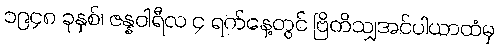
၁၉၄၈ ခုနှစ်၊ ဇန္နဝါရီလ ၄ ရက်နေ့တွင် ဗြိတိသျှအင်ပါယာထံမှ